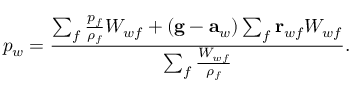
p _ { w } = \frac { \sum _ { f } \frac { p _ { f } } { \rho _ { f } } W _ { w f } + ( \mathbf { g } - \mathbf { a } _ { w } ) \sum _ { f } \mathbf { r } _ { w f } W _ { w f } } { \sum _ { f } \frac { W _ { w f } } { \rho _ { f } } } .